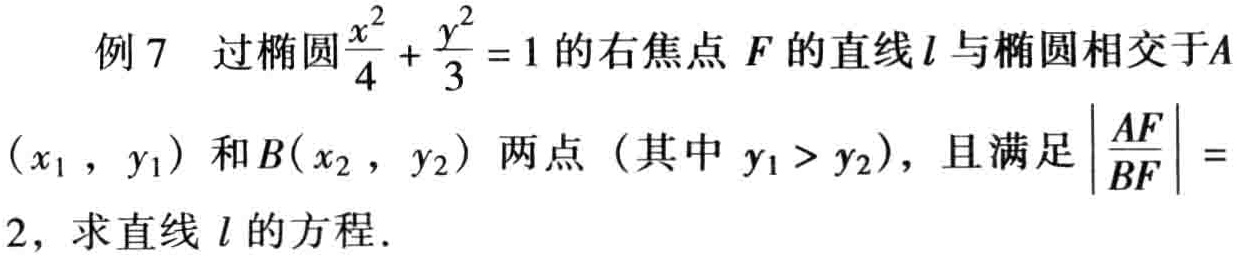
例 7 过椭圆$\frac{x^{2}}{4}+\frac{y^{2}}{3}=1$的右焦点$F$的直线$l$与椭圆相交于$A(x_{1},y_{1})$和$B(x_{2},y_{2})$两点（其中$y_{1}>y_{2}$），且满足$\left|\frac{AF}{BF}\right| = 2$，求直线$l$的方程.